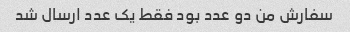
سفارش من دو عدد بود فقط یک عدد ارسال شد